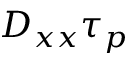
D _ { x x } \tau _ { p }